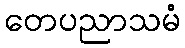
တေပညာသမံ